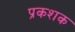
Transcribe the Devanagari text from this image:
प्रकशक